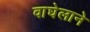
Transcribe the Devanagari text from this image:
वाघेलाने